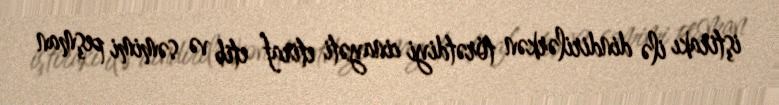
iştirakı ilə dindirilərkən törətdiyi cinayəti etiraf etib və səmimi peşman